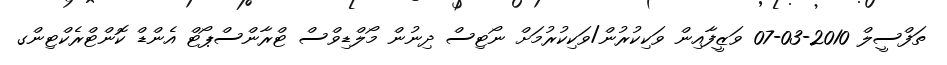
ތަފްސީލް 2010-03-07 ވަޒީފާއިން ވަކިކުރުން/ވަކިކުރުމަށް ނޯޓިސް ދިނުން މޯލްޑިވްސް ޓްރާންސްޕޯޓް އެންޑް ކޮންޓްރެކްޓިންގ